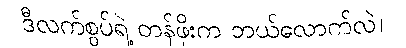
ဒီလက်စွပ်ရဲ့ တန်ဖိုးက ဘယ်လောက်လဲ။